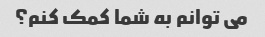
می توانم به شما کمک کنم؟